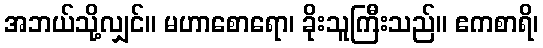
အဘယ်သို့လျှင်။ မဟာစောရော၊ ခိုးသူကြီးသည်။ ဧကစာရိ၊